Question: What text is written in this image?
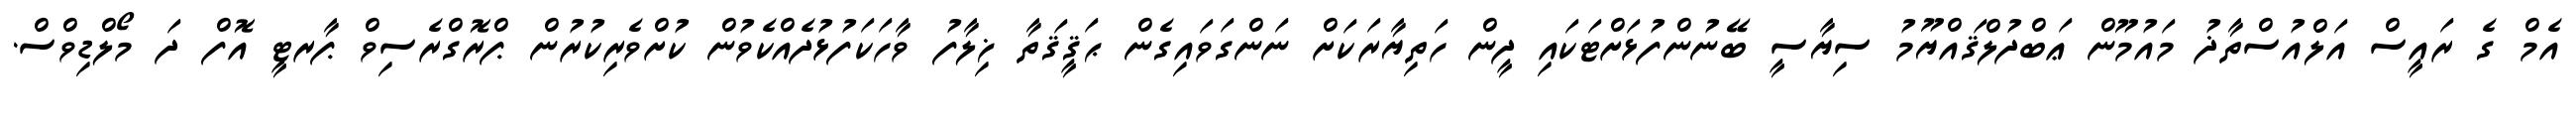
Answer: އެމް ގެ ރައީސް އަލްއުސްތާޛު މައުމޫން ޢަބްދުލްޤައްޔޫމު ސިޔާސީ ބޭނުންފުޅަށްޓަކައި ދީން ހަތިޔާރަކަށް ނަންގަވައިގެން ޙަޤީޤަތާ ޚިލާފު ވާހަކަފުޅުދެއްކެވުން ކުށްވެރިކުރުން ޕްރޮގްރެސިވް ޕާރޓީ އޮފް ދަ މޯލްޑިވްސް.